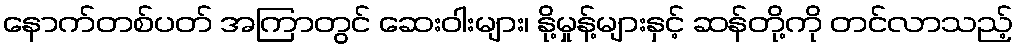
နောက်တစ်ပတ် အကြာတွင် ဆေးဝါးများ၊ နို့မှုန့်များနှင့် ဆန်တို့ကို တင်လာသည့်